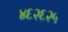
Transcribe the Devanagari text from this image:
४६२६२५